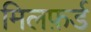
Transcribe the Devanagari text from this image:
मिलफ़र्ड